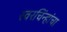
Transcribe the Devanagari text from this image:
स्वरचिंन्हांचा